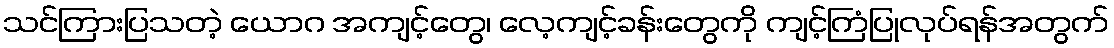
သင်ကြားပြသတဲ့ ယောဂ အကျင့်တွေ၊ လေ့ကျင့်ခန်းတွေကို ကျင့်ကြံပြုလုပ်ရန်အတွက်